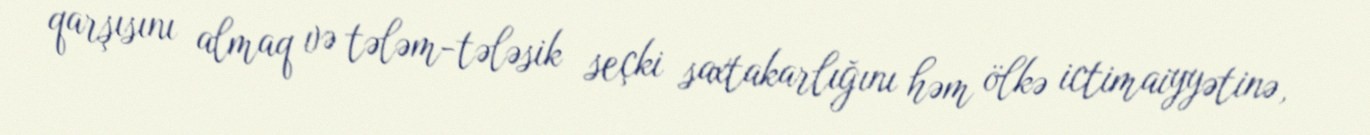
qarşısını almaq və tələm-tələsik seçki saxtakarlığını həm ölkə ictimaiyyətinə,